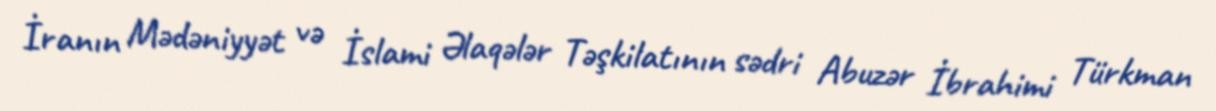
İranın Mədəniyyət və İslami Əlaqələr Təşkilatının sədri Abuzər İbrahimi Türkman